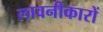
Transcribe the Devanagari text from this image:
लावनीकारों